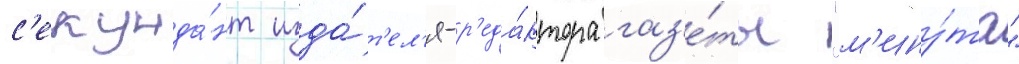
с'екунда́нт изда́т'ел'я-р'еда́ктора газ'е́ты "м'ину́та"